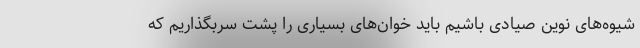
شیوه‌های نوین صیادی باشیم باید خوان‌های بسیاری را پشت سربگذاریم که